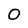
Character: O